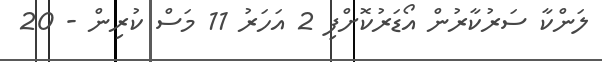
ލަންކާ ސަރުކާރުން އޯޑަރުކޮށްފި 2 އަހަރު 11 މަސް ކުރިން - 20